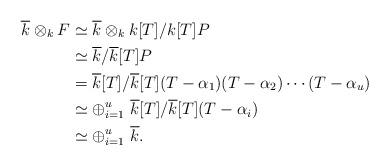
LaTeX: \begin{align*} \overline{k}\otimes_k F &\simeq \overline{k} \otimes_k k[T]/k[T]P \\ & \simeq \overline{k}/ \overline{k}[T]P\\ & =\overline{k}[T]/ \overline{k}[T](T-\alpha_1)(T-\alpha_2)\cdots (T-\alpha_u)\\ &\simeq \oplus_{i=1}^u \ \overline{k}[T]/ \overline{k}[T](T-\alpha_i) \\ &\simeq \oplus_{i=1}^u \ \overline{k}. \end{align*}